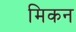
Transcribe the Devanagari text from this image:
मिकन